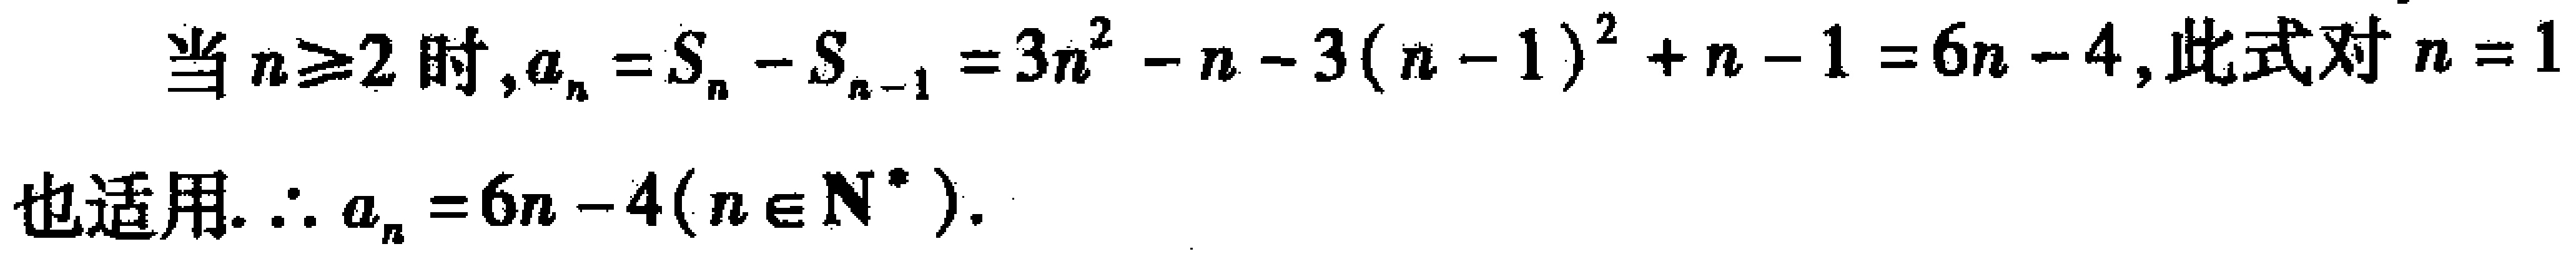
当\(n\geq2\)时,\(a_{n}=S_{n}-S_{n - 1}=3n^{2}-n - 3(n - 1)^{2}+n - 1 = 6n - 4\), 此式对\(n = 1\)也适用.\(\therefore a_{n}=6n - 4(n\in\mathbb{N}^{*})\).